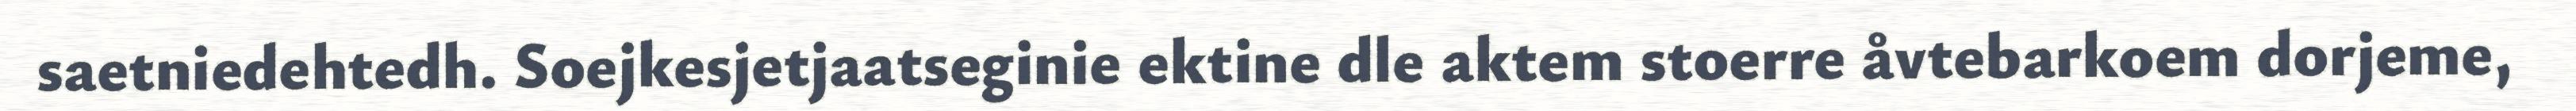
saetniedehtedh. Soejkesjetjaatseginie ektine dle aktem stoerre åvtebarkoem dorjeme,